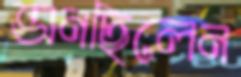
ভানছিলেন